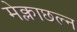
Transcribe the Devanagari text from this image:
मेक्लाछल्न